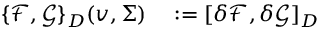
\begin{array} { r l } { \{ \mathcal { F } , \mathcal { G } \} _ { D } ( v , \Sigma ) } & { { } : = [ \delta \mathcal { F } , \delta \mathcal { G } ] _ { D } } \end{array}